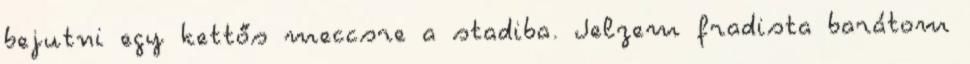
bejutni egy kettős meccsre a stadiba. Jelzem fradista barátom